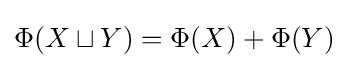
\Phi (X\sqcup Y)=\Phi (X)+\Phi (Y)